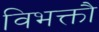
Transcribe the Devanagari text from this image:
विभक्तौ